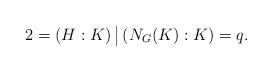
LaTeX: \begin{align*}2 = (H:K)\, \big\vert\, (N_G(K):K) = q. \end{align*}